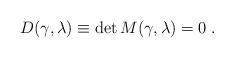
LaTeX: \begin{align*}D(\gamma, \lambda) \equiv \det M (\gamma,\lambda) = 0 \; . \end{align*}